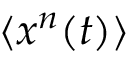
\langle x ^ { n } ( t ) \rangle